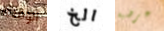
الوقحة الخ عرضية